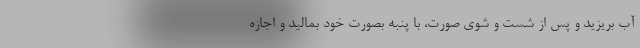
آب بریزید و پس از شست و شوی صورت، با پنبه بصورت خود بمالید و اجازه